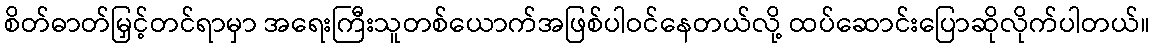
စိတ်ဓာတ်မြှင့်တင်ရာမှာ အရေးကြီးသူတစ်ယောက်အဖြစ်ပါဝင်နေတယ်လို့ ထပ်ဆောင်းပြောဆိုလိုက်ပါတယ်။